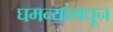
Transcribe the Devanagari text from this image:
घमन्यांमधून